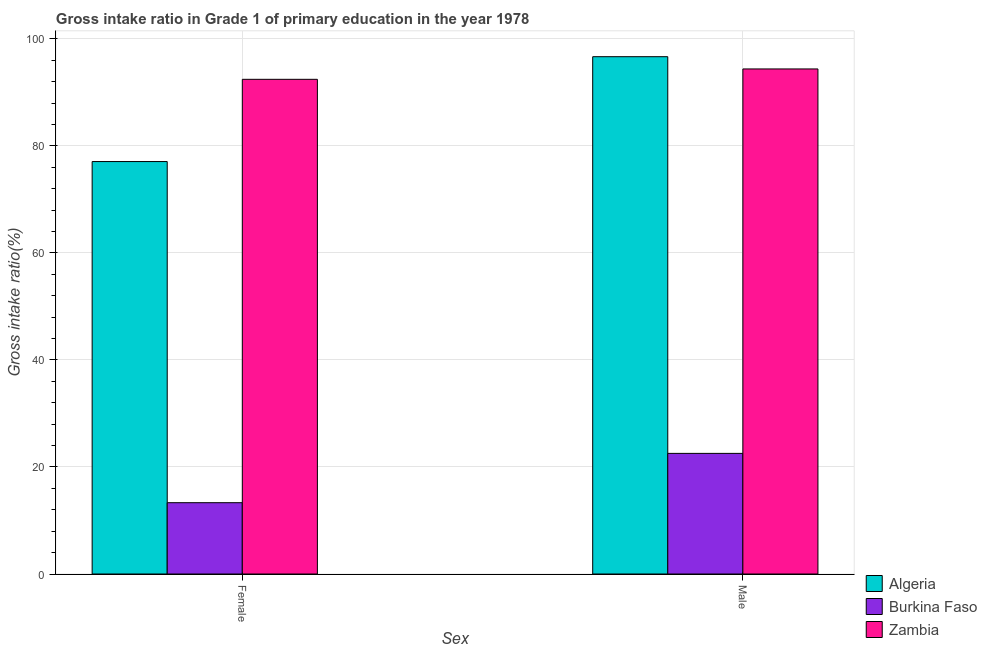
| Sex | Algeria | Burkina Faso | Zambia |
 | --- | --- | --- | --- |
 | Female | 77.1 | 13.3 | 92.4 |
 | Male | 96.7 | 22.5 | 94.4 |